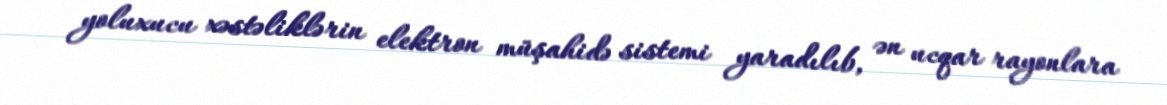
yoluxucu xəstəliklərin elektron müşahidə sistemi yaradılıb, ən ucqar rayonlara